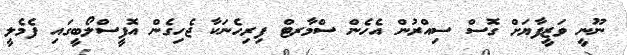
ނޫނީ ވަޒީފާޔަށް ގޮސް ސިއްރުން އެހެން ސްމާރޓް ފިރިހެނަކާ ޖެހިގެން އޮފީސްލޯބީގައި ފެމެލީ